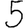
Digit: 5